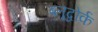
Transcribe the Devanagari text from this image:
ब्लूद्वोर्क